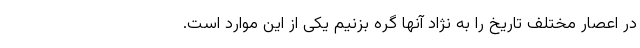
در اعصار مختلف تاریخ را به نژاد آنها گره بزنیم یکی از این موارد است.